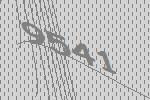
9541